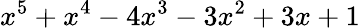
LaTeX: x^{5}+x^{4}-4x^{3}-3x^{2}+3x+1